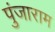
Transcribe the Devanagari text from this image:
पुंजाराम